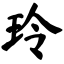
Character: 玲